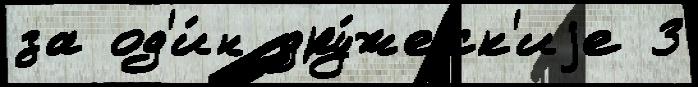
за од'и́н дру́жеск'иjе 3